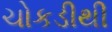
ચોકડીથી